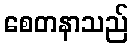
စေတနာသည်